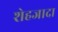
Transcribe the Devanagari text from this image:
शेहजादा